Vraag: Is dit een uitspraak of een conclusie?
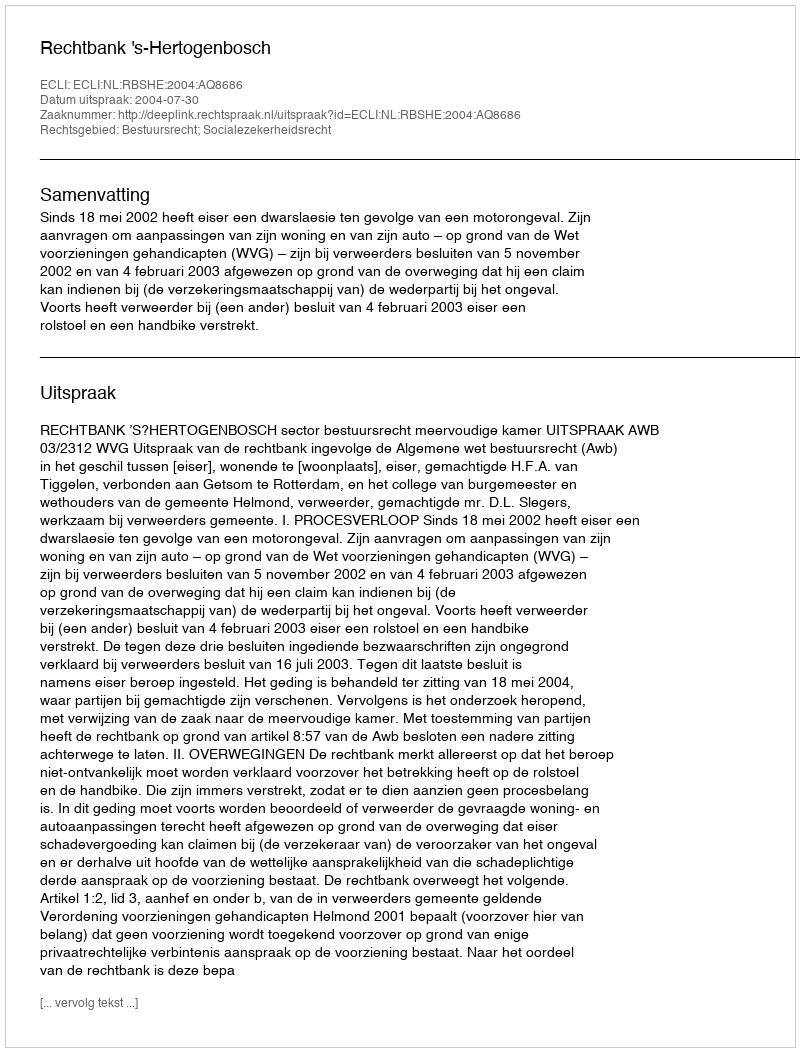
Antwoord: Uitspraak